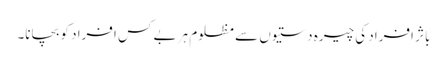
باثر افراد کی چیرہ دستیوں سے مظلوم ہر بے کس افراد کو بچانا۔